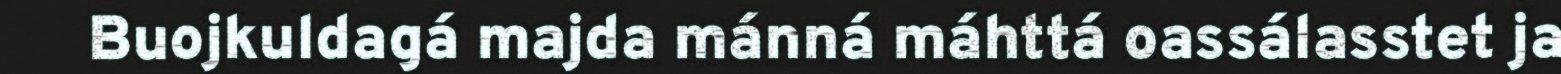
Buojkuldagá majda mánná máhttá oassálasstet ja